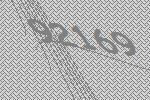
92169